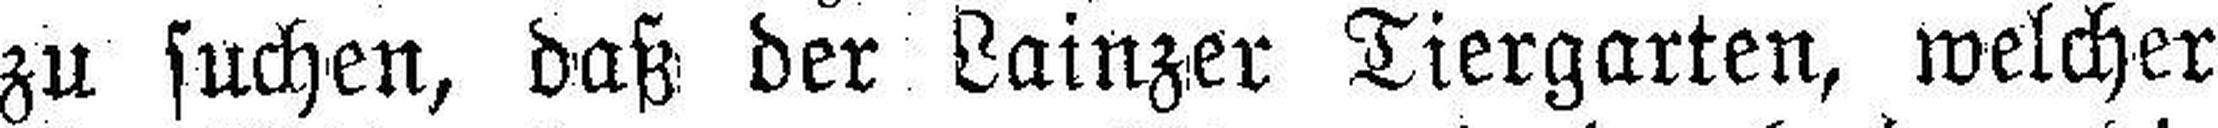
zu suchen, daß der Lainzer Tiergarten, welcher